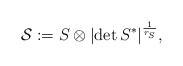
LaTeX: \begin{align*} \mathcal{S} := S \otimes | \mathrm{det}\, S^*|^{\frac{1}{r_S}},\end{align*}